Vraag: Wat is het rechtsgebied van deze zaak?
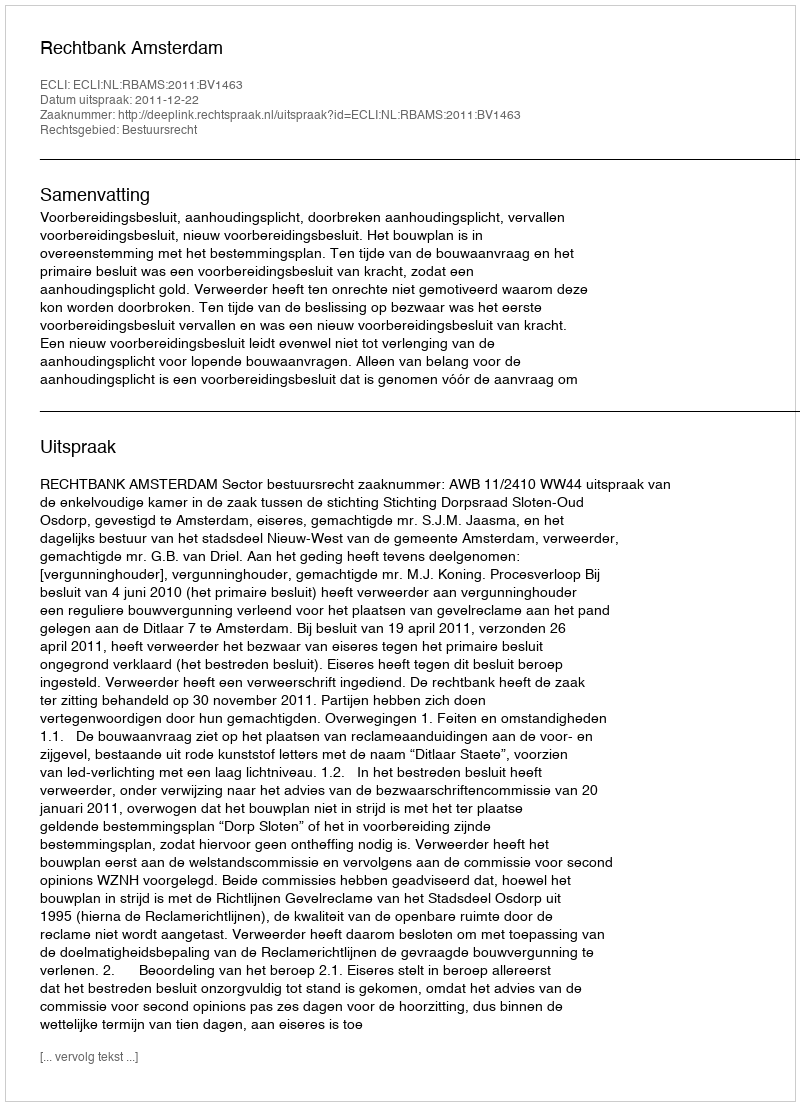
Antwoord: Bestuursrecht